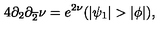
4 \partial _ { 2 } \partial _ { \overline { { 2 } } } \nu = e ^ { 2 \nu } ( | \psi _ { 1 } | > | \phi | ) ,